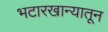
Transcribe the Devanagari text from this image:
भटारखान्यातून